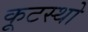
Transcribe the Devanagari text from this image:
कूटस्थो